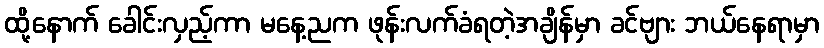
ထို့နောက် ခေါင်းလှည့်ကာ မနေ့ညက ဖုန်းလက်ခံရတဲ့အချိန်မှာ ခင်ဗျား ဘယ်နေရာမှာ